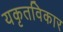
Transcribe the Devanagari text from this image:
यकृतविकार